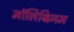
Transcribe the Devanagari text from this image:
मॉलिब्डिनम